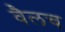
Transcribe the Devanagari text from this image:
वैलच